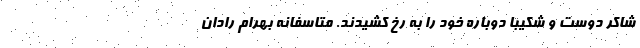
شاکر دوست و شکیبا دوباره خود را به رخ کشیدند. متاسفانه بهرام رادان